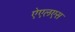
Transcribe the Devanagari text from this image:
ऐएलएस